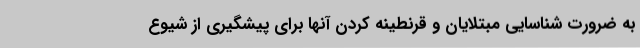
به ضرورت شناسایی مبتلایان و قرنطینه کردن آنها برای پیشگیری از شیوع